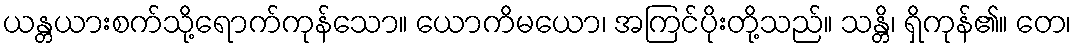
ယန္တယားစက်သို့ရောက်ကုန်သော။ ယောကိမယော၊ အကြင်ပိုးတို့သည်။ သန္တိ၊ ရှိကုန်၏။ တေ၊